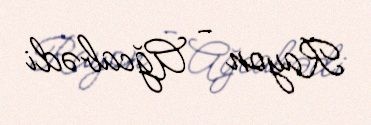
Rayon - Ağcabədi